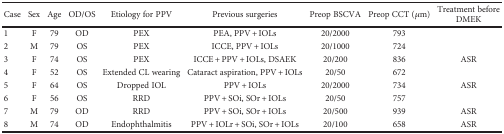
<table><thead><tr><td><b>Case</b></td><td><b>Sex</b></td><td><b>Age</b></td><td><b>OD/OS</b></td><td><b>Etiology for PPV</b></td><td><b>Previous surgeries</b></td><td><b>Preop BSCVA</b></td><td><b>Preop CCT (<i>μ</i>m)</b></td><td><b>Treatment before DMEK</b></td></tr></thead><tbody><tr><td>1</td><td>F</td><td>79</td><td>OD</td><td>PEX</td><td>PEA, PPV + IOLs</td><td>20/2000</td><td>793</td><td></td></tr><tr><td>2</td><td>M</td><td>79</td><td>OS</td><td>PEX</td><td>ICCE, PPV + IOLs</td><td>20/1000</td><td>724</td><td></td></tr><tr><td>3</td><td>F</td><td>74</td><td>OS</td><td>PEX</td><td>ICCE + PPV + IOLs, DSAEK</td><td>20/200</td><td>836</td><td>ASR</td></tr><tr><td>4</td><td>F</td><td>52</td><td>OS</td><td>Extended CL wearing</td><td>Cataract aspiration, PPV + IOLs</td><td>20/50</td><td>672</td><td></td></tr><tr><td>5</td><td>F</td><td>64</td><td>OS</td><td>Dropped IOL</td><td>PPV + IOLs</td><td>20/2000</td><td>734</td><td>ASR</td></tr><tr><td>6</td><td>F</td><td>56</td><td>OS</td><td>RRD</td><td>PPV + SOi, SOr + IOLs</td><td>20/50</td><td>757</td><td></td></tr><tr><td>7</td><td>M</td><td>79</td><td>OD</td><td>RRD</td><td>PPV + SOi, SOr + IOLs</td><td>20/500</td><td>939</td><td>ASR</td></tr><tr><td>8</td><td>M</td><td>74</td><td>OD</td><td>Endophthalmitis</td><td>PPV + IOLr + SOi, SOr + IOLs</td><td>20/100</td><td>658</td><td>ASR</td></tr></tbody></table>